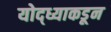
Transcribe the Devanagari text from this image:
योद्ध्याकडून